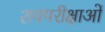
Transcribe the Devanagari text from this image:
शवपरीक्षाओं